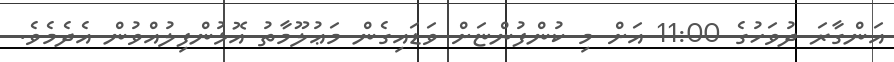
އަންގާރަ ދުވަހުގެ 11:00 އަށް މި ކުންފުންޏަށް ވަޑައިގެން މަޢުލޫމާތު އޮޅުންފިލުއްވުން އެދެމެވެ.